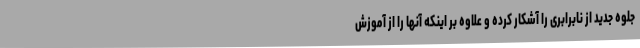
جلوه جدید از نابرابری را آشکار کرده و علاوه بر اینکه آنها را از آموزش